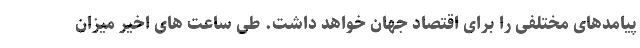
پیامدهای مختلفی را برای اقتصاد جهان خواهد داشت. طی ساعت های اخیر میزان